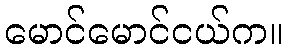
မောင်မောင်ငယ်က။